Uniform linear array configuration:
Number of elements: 48
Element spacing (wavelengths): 0.5
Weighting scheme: hamming
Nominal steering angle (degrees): -45
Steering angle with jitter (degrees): -46.755
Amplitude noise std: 0.05
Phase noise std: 0.05

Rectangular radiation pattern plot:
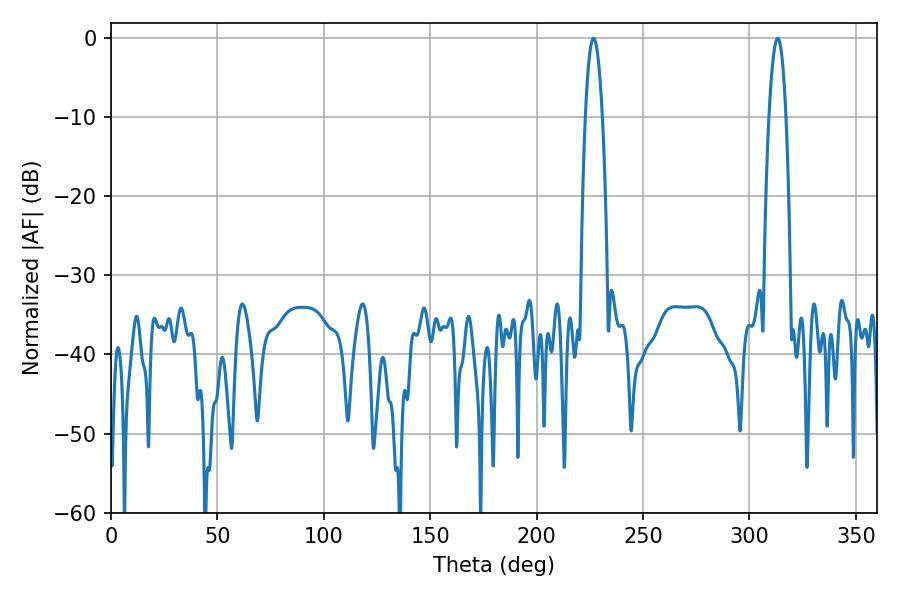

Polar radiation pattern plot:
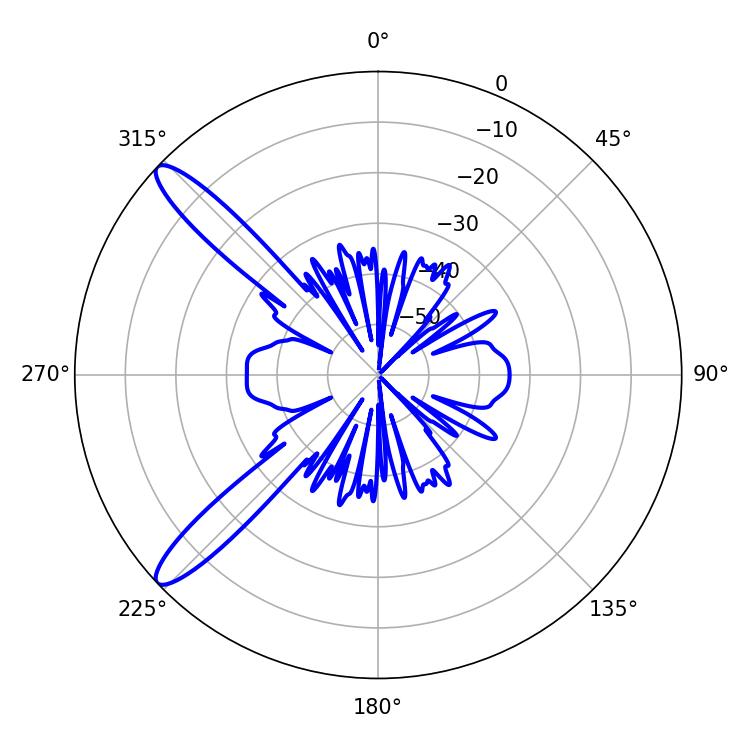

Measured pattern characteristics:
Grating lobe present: FALSE
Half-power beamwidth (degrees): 4.32
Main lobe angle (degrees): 226.8